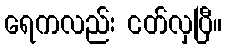
ရေကလည်း ငတ်လှပြီ။